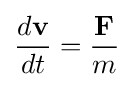
{\frac {d\mathbf {v} }{dt}}={\frac {\mathbf {F} }{m}}